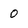
Character: 0